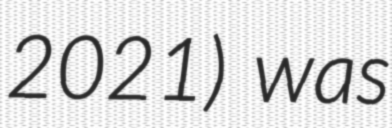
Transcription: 2021) was